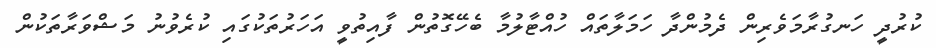
ކުރުދީ ހަނގުރާމަވެރިން ދެމުންދާ ހަމަލާތައް ހުއްޓާލުމާ ބެހޭގޮތުން ފާއިތުވީ އަހަރުތަކުގައި ކުރެވުނު މަޝްވަރާތަކުން